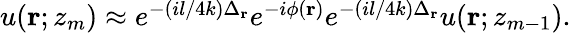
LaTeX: \begin{array}{r}{u(\mathbf{r};z_{m})\approx e^{-({il}/{4k})\Delta_{\mathbf{r}}}e^{-i\phi(\mathbf{r})}e^{-({il}/{4k})\Delta_{\mathbf{r}}}u(\mathbf{r};z_{m-1}).}\end{array}